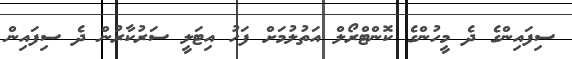
ސިފައިންގެ ދެ މީހުންގެ ކޮންޓްރޯލް އަތުލުމަށް ފަހު އިޓަލީ ސަރުކާރުން ދެ ސިފައިން